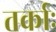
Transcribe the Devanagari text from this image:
तर्काः